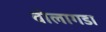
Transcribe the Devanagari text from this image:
वोलागडा